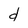
Character: d